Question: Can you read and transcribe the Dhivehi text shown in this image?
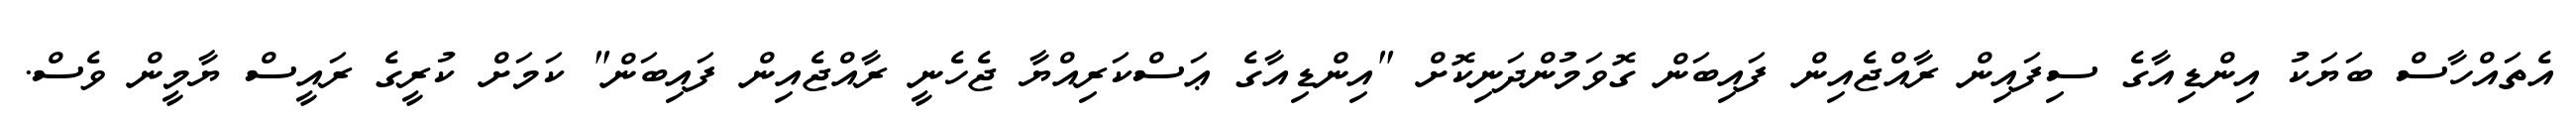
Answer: އެތައްހާސް ބަޔަކު އިންޑިއާގެ ސިފައިން ރާއްޖެއިން ފައިބަން ގޮވަމުންދަނިކޮށް "އިންޑިއާގެ ޢަސްކަރިއްޔާ ޖެހެނީ ރާއްޖެއިން ފައިބަން" ކަމަށް ކުރީގެ ރައީސް ޔާމީން ވެސް.